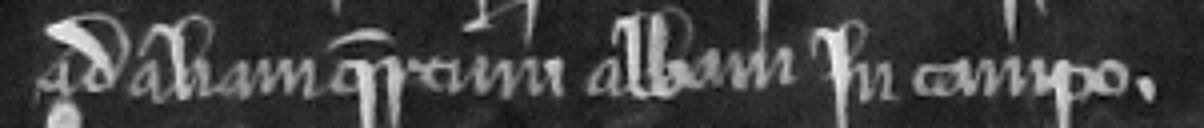
ad aliam quercum albam in campo.